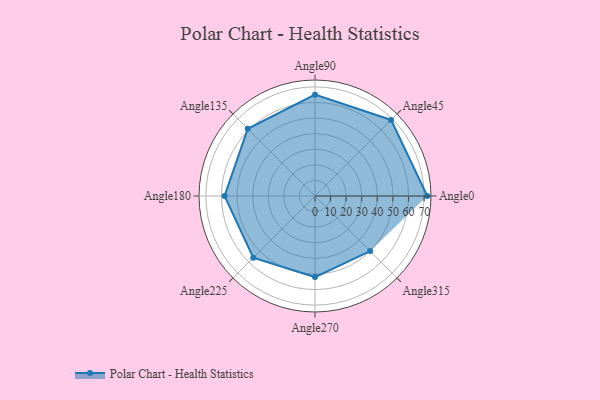
{"axis": {"x": "Angle", "y": "Radius"}, "legend": [""], "data": [{"x": "Angle0", "y": 72.0, "type": ""}, {"x": "Angle45", "y": 69.0, "type": ""}, {"x": "Angle90", "y": 65.0, "type": ""}, {"x": "Angle135", "y": 61.0, "type": ""}, {"x": "Angle180", "y": 58.0, "type": ""}, {"x": "Angle225", "y": 56.0, "type": ""}, {"x": "Angle270", "y": 52.0, "type": ""}, {"x": "Angle315", "y": 50, "type": ""}]}